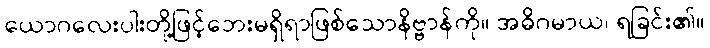
ယောဂလေးပါးတို့ဖြင့်ဘေးမရှိရာဖြစ်သောနိဗ္ဗာန်ကို။ အဓိဂမာယ၊ ရခြင်း၏။